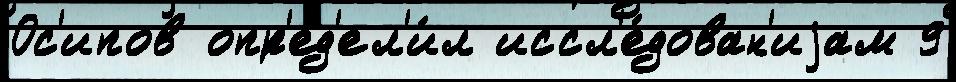
Ос'ипов опр'ед'ел'и́л иссл'е́дован'иjам 9